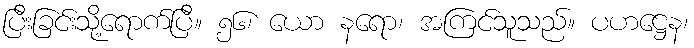
ပြီးခြင်းသို့ရောက်ပြီ။ ၅၆၊ ယော နရော၊ အကြင်သူသည်။ ပဟဋ္ဌေန၊